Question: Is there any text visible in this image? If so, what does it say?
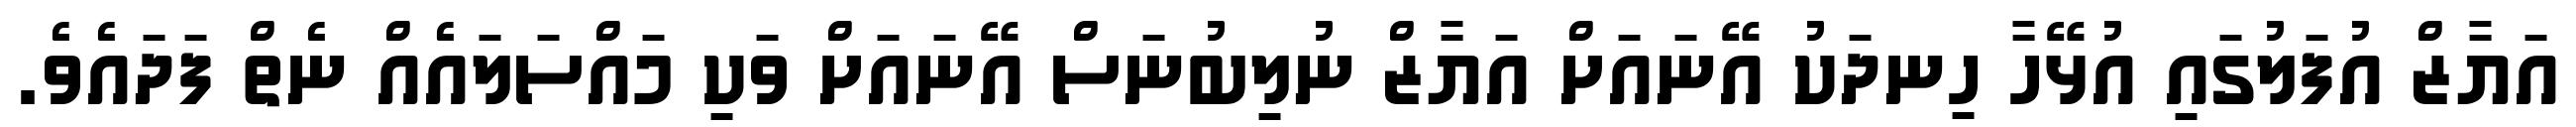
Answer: އަޔާޒް އުފަލުގައި އުޅޭހާ ހިނދަކު އޭނައަށް އަޔާޒް ނުލިބުނަސް އޭނައަށް ވަކި މައްސަލައެއް ނެތް ފަދައެވެ.